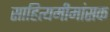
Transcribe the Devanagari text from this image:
साहित्यमीमांसक